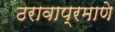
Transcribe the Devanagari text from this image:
ठरावाप्रमाणे